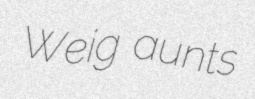
Weig aunts